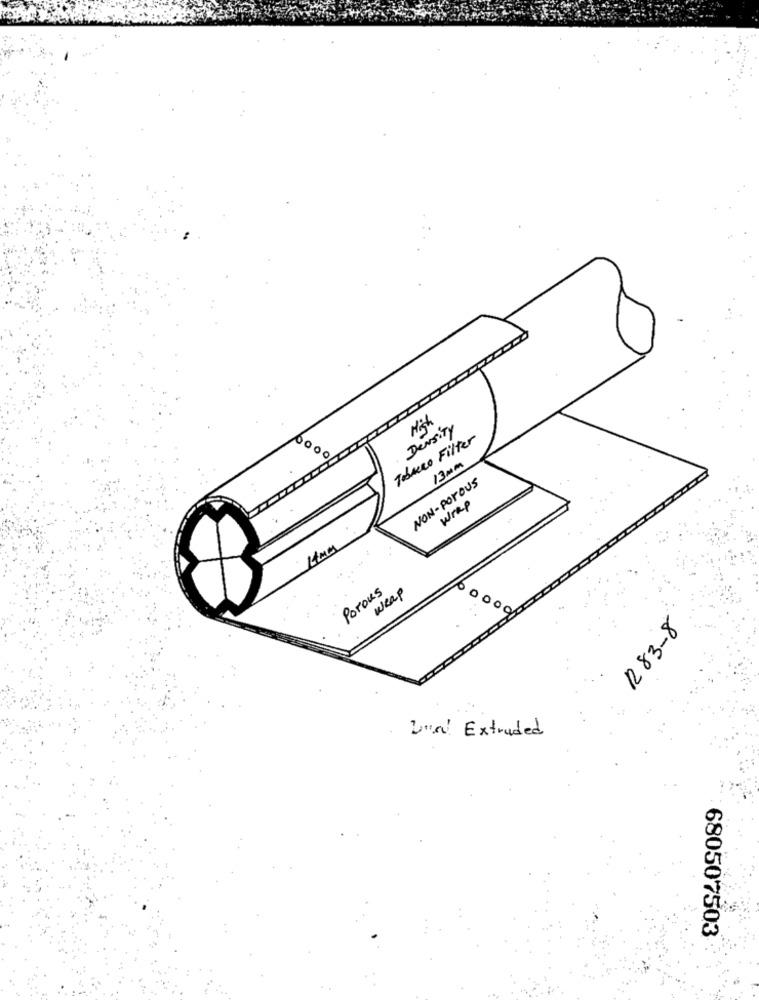
Density
Tobacco Filter
6000
13MM
NON- PorOUS
Wrap
4MM
Porous
weap
600000
R83-8
Lun Extruded
680507503